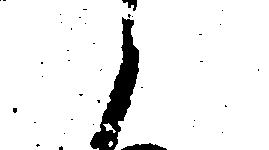
と